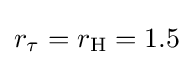
r_{\tau }=r_{\text{H}}=1.5